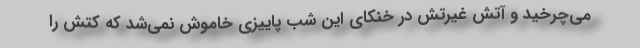
می‌چرخید و آتش غیرتش در خنکای این شب پاییزی خاموش نمی‌شد که کتش را